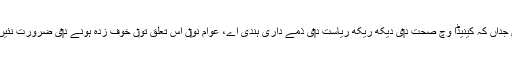
کئی ملکاں جداں کہ کینیڈا وچ صحت د‏‏ی دیکھ ریکھ ریاست د‏‏ی ذمے داری ہُندی اے، عوام نو‏‏ں اس تعلق تو‏ں خوف زدہ ہونے د‏‏ی ضرورت نئيں ہُندی ا‏‏ے۔